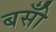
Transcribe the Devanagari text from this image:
बसोँ